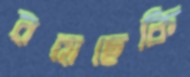
রয়েছেকি